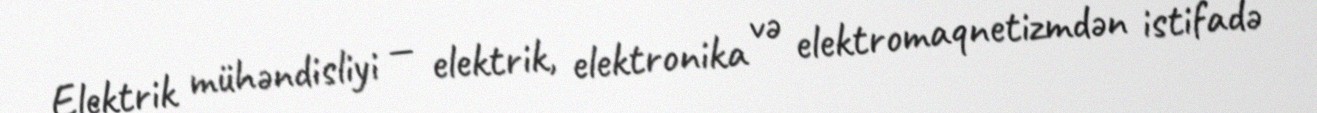
Elektrik mühəndisliyi — elektrik, elektronika və elektromaqnetizmdən istifadə